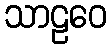
သာဠဝေ